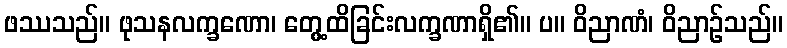
ဖဿသည်။ ဖုသနလက္ခဏော၊ တွေ့ထိခြင်းလက္ခဏာရှိ၏။ ပ။ ဝိညာဏံ၊ ဝိညာဉ်သည်။